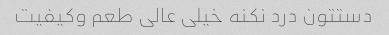
دستتون درد نکنه خیلی عالی طعم وکیفیت